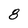
Character: 8